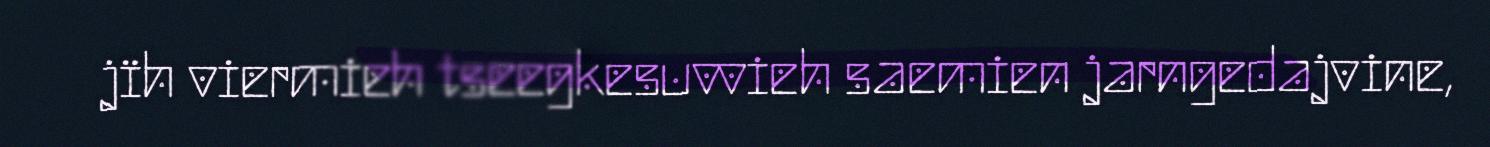
jïh viermieh tseegkesuvvieh saemien jarngedajvine,